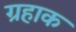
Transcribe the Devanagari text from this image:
ग्रहाक